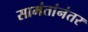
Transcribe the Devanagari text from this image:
सामंतांनंतर